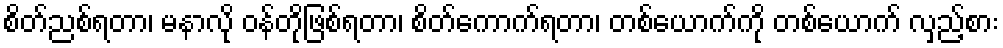
စိတ်ညစ်ရတာ၊ မနာလို ဝန်တိုဖြစ်ရတာ၊ စိတ်ကောက်ရတာ၊ တစ်ယောက်ကို တစ်ယောက် လှည့်စား